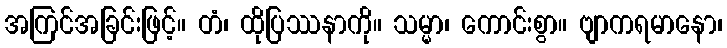
အကြင်အခြင်းဖြင့်။ တံ၊ ထိုပြဿနာကို။ သမ္မာ၊ ကောင်းစွာ။ ဗျာကရမာနော၊